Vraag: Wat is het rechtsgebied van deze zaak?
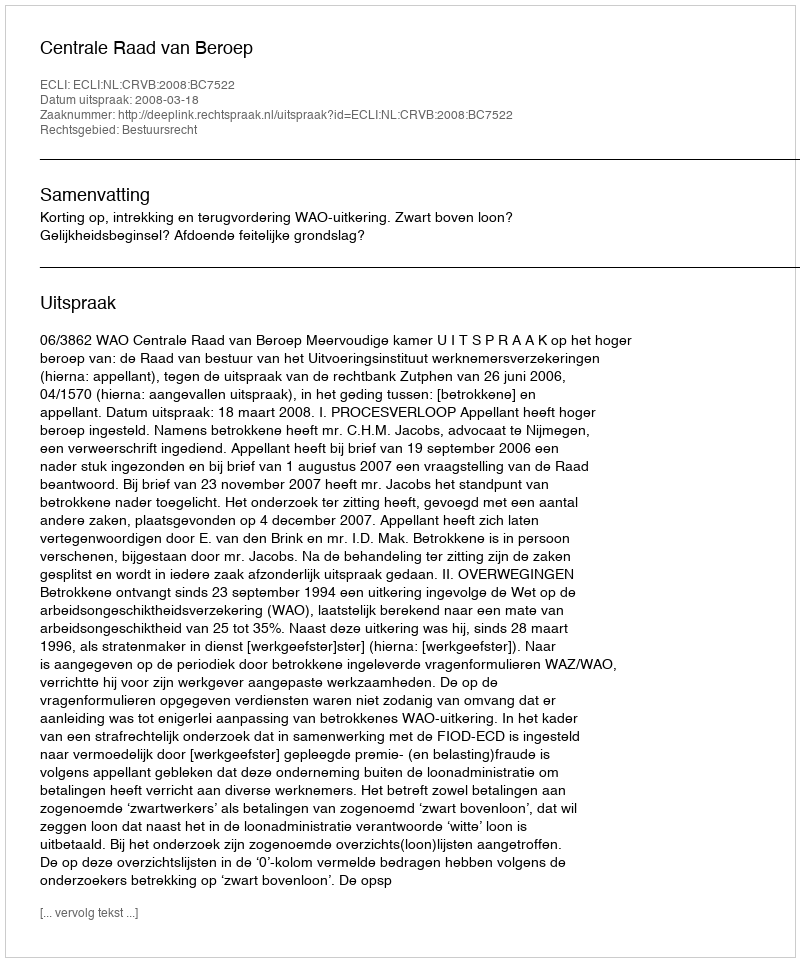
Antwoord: Bestuursrecht